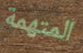
المتهمة